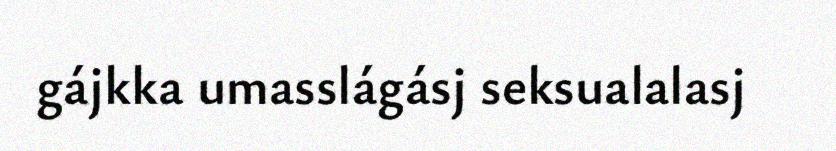
gájkka umasslágásj seksualalasj